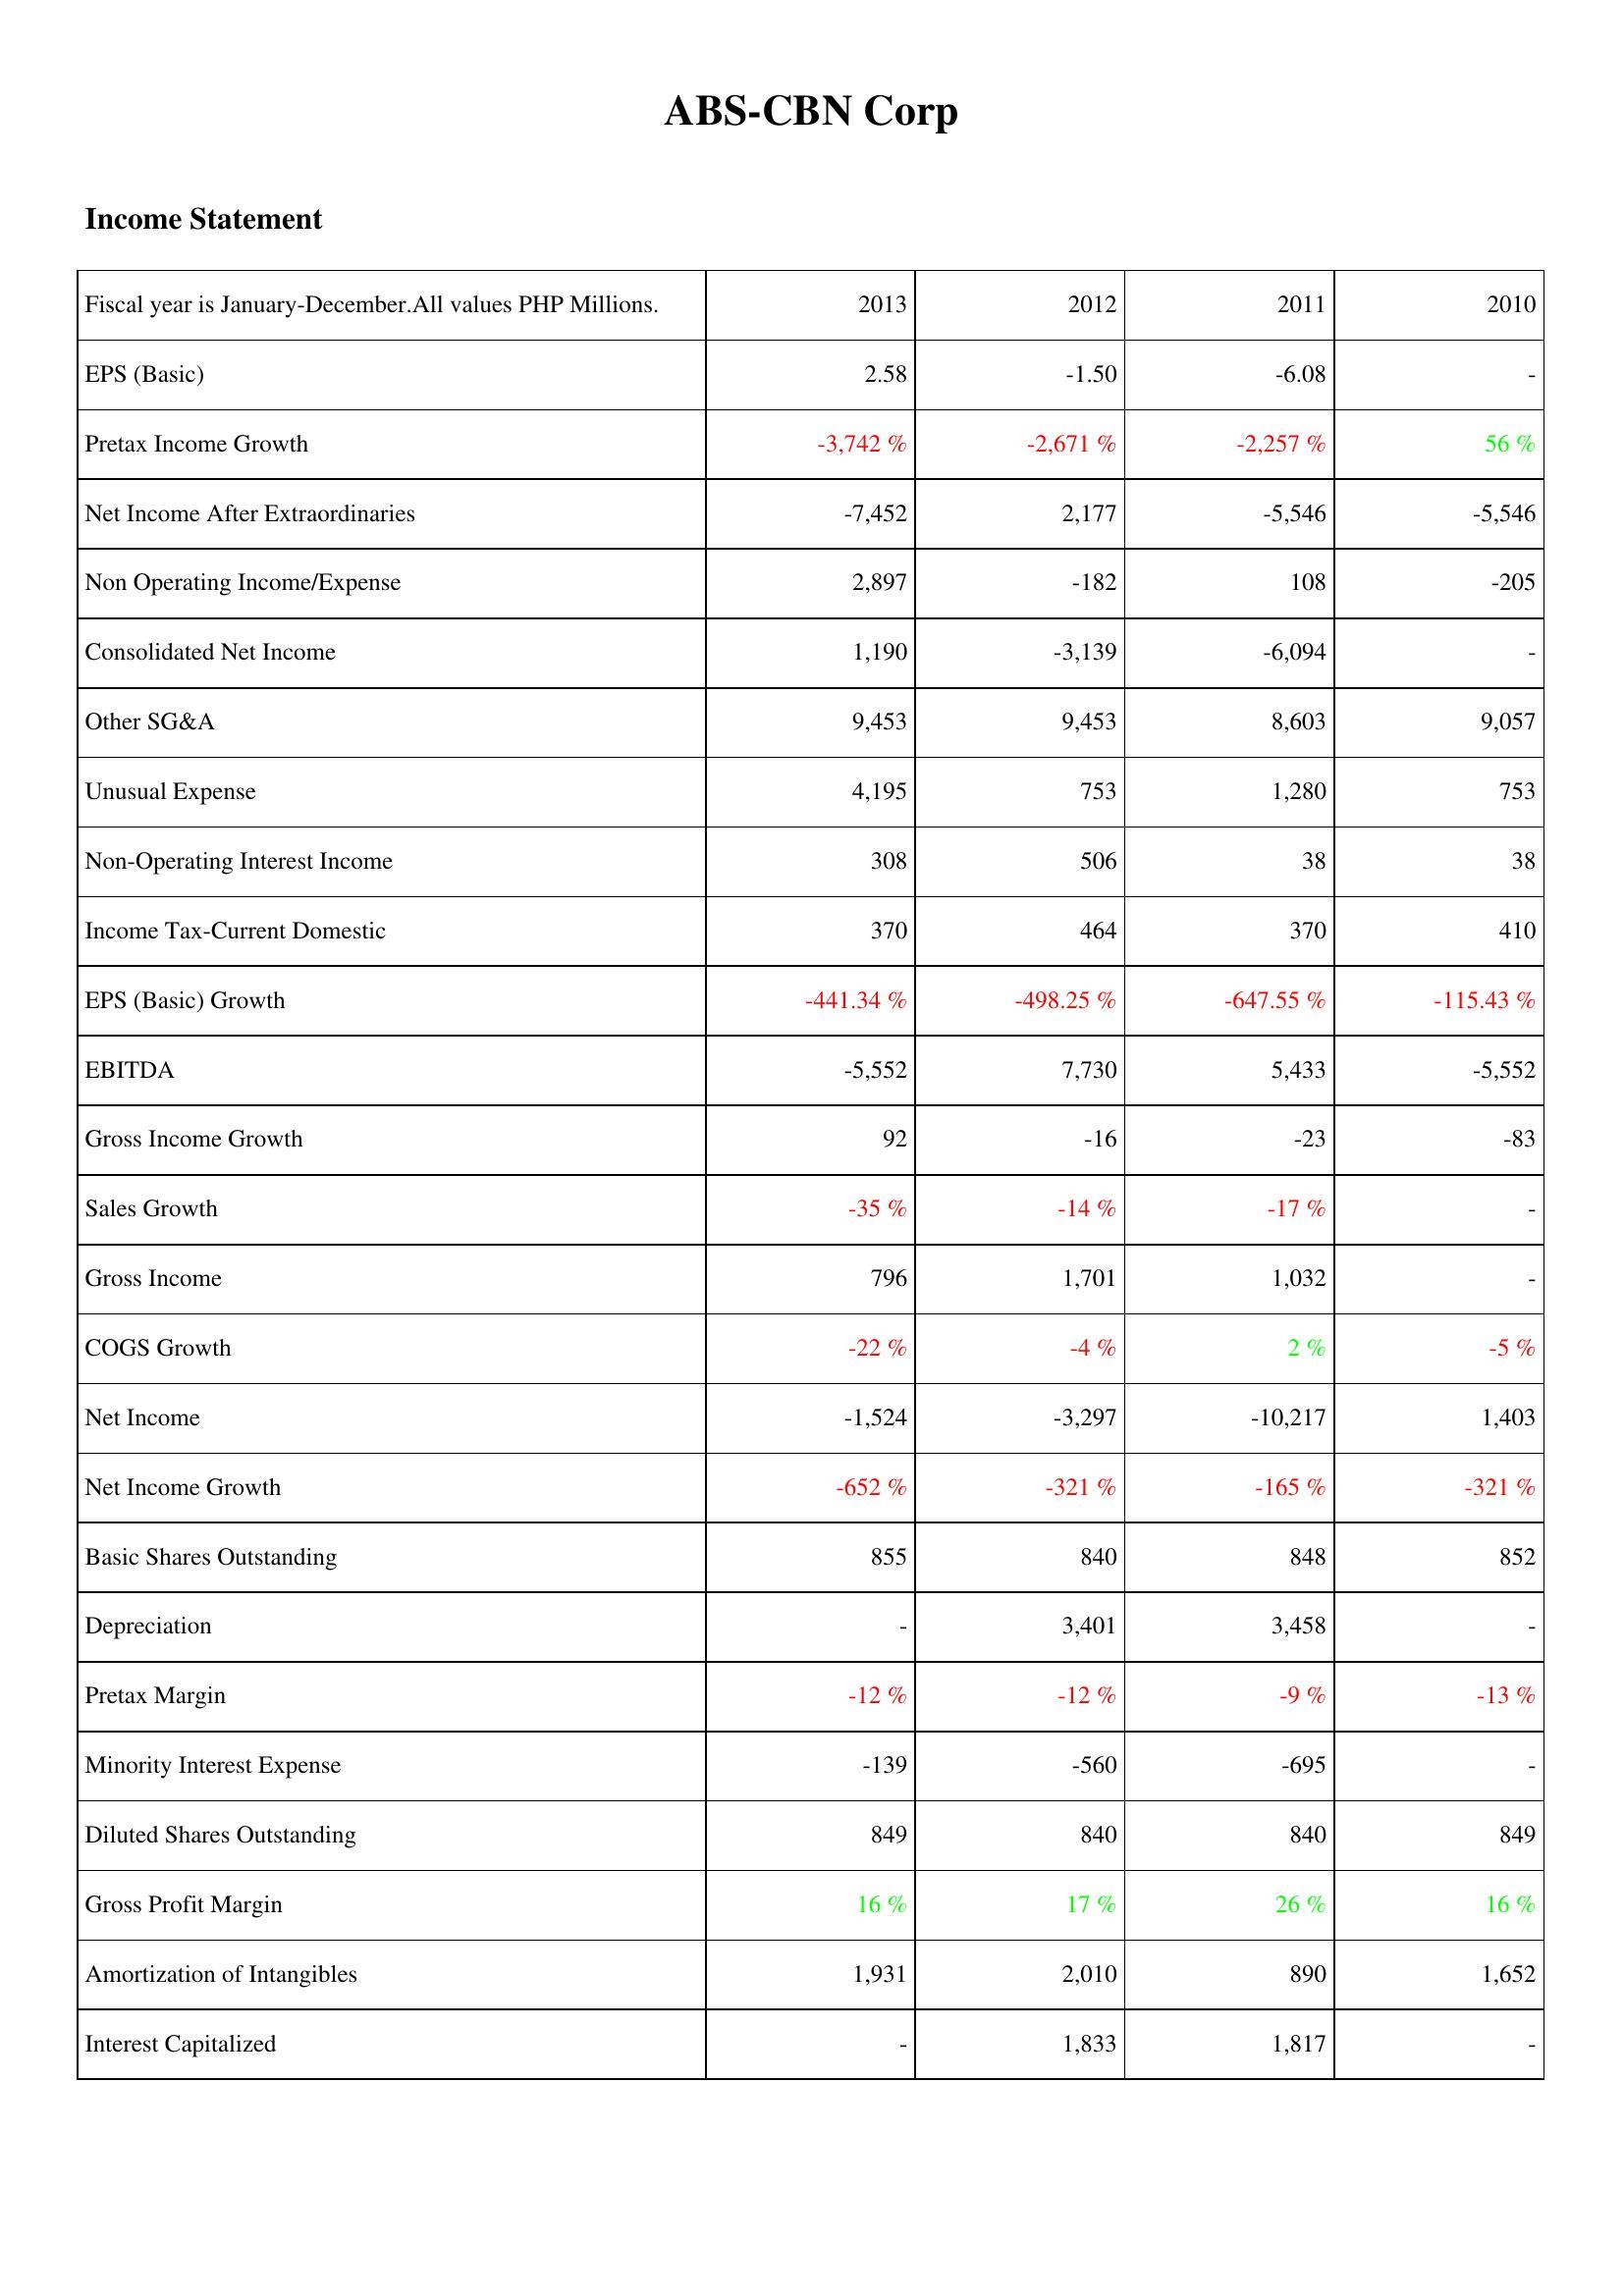
2013: Income Statement: EPS (Basic): 2.58
Pretax Income Growth: -3,742 %
Net Income After Extraordinaries: -7,452
Non Operating Income/Expense: 2,897
Consolidated Net Income: 1,190
Other SG&A: 9,453
Unusual Expense: 4,195
Non-Operating Interest Income: 308
Income Tax-Current Domestic: 370
EPS (Basic) Growth: -441.34 %
EBITDA: -5,552
Gross Income Growth: 92
Sales Growth: -35 %
Gross Income: 796
COGS Growth: -22 %
Net Income: -1,524
Net Income Growth: -652 %
Basic Shares Outstanding: 855
Depreciation: -
Pretax Margin: -12 %
Minority Interest Expense: -139
Diluted Shares Outstanding: 849
Gross Profit Margin: 16 %
Amortization of Intangibles: 1,931
Interest Capitalized: -
2012: Income Statement: EPS (Basic): -1.50
Pretax Income Growth: -2,671 %
Net Income After Extraordinaries: 2,177
Non Operating Income/Expense: -182
Consolidated Net Income: -3,139
Other SG&A: 9,453
Unusual Expense: 753
Non-Operating Interest Income: 506
Income Tax-Current Domestic: 464
EPS (Basic) Growth: -498.25 %
EBITDA: 7,730
Gross Income Growth: -16
Sales Growth: -14 %
Gross Income: 1,701
COGS Growth: -4 %
Net Income: -3,297
Net Income Growth: -321 %
Basic Shares Outstanding: 840
Depreciation: 3,401
Pretax Margin: -12 %
Minority Interest Expense: -560
Diluted Shares Outstanding: 840
Gross Profit Margin: 17 %
Amortization of Intangibles: 2,010
Interest Capitalized: 1,833
2011: Income Statement: EPS (Basic): -6.08
Pretax Income Growth: -2,257 %
Net Income After Extraordinaries: -5,546
Non Operating Income/Expense: 108
Consolidated Net Income: -6,094
Other SG&A: 8,603
Unusual Expense: 1,280
Non-Operating Interest Income: 38
Income Tax-Current Domestic: 370
EPS (Basic) Growth: -647.55 %
EBITDA: 5,433
Gross Income Growth: -23
Sales Growth: -17 %
Gross Income: 1,032
COGS Growth: 2 %
Net Income: -10,217
Net Income Growth: -165 %
Basic Shares Outstanding: 848
Depreciation: 3,458
Pretax Margin: -9 %
Minority Interest Expense: -695
Diluted Shares Outstanding: 840
Gross Profit Margin: 26 %
Amortization of Intangibles: 890
Interest Capitalized: 1,817
2010: Income Statement: EPS (Basic): -
Pretax Income Growth: 56 %
Net Income After Extraordinaries: -5,546
Non Operating Income/Expense: -205
Consolidated Net Income: -
Other SG&A: 9,057
Unusual Expense: 753
Non-Operating Interest Income: 38
Income Tax-Current Domestic: 410
EPS (Basic) Growth: -115.43 %
EBITDA: -5,552
Gross Income Growth: -83
Sales Growth: -
Gross Income: -
COGS Growth: -5 %
Net Income: 1,403
Net Income Growth: -321 %
Basic Shares Outstanding: 852
Depreciation: -
Pretax Margin: -13 %
Minority Interest Expense: -
Diluted Shares Outstanding: 849
Gross Profit Margin: 16 %
Amortization of Intangibles: 1,652
Interest Capitalized: -